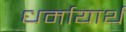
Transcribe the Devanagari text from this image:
धर्मायार्थ